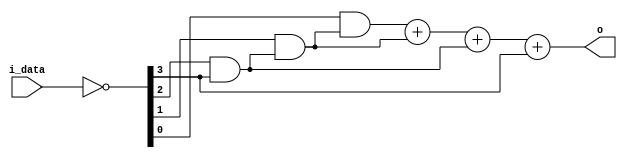
//module_name: count_zero
//description: count the number of 0 before 1 in one data, for example 
//count 0010_1001 is 2.

module count_zero (
    i_data,
    o
);


input  [3  : 0] i_data;

output reg [3 : 0] o;

wire   [3  : 0] i_data_n;
reg    [3  : 0] data_t;

assign i_data_n = ~i_data;

always @(*)begin
    data_t[3] = i_data_n[3];
    data_t[2] = i_data_n[2] & data_t[3];
    data_t[1] = i_data_n[1] & data_t[2];
    data_t[0] = i_data_n[0] & data_t[1];

    o = data_t[0] + data_t[1] + data_t[2] + data_t[3];
end
    
endmodule